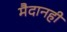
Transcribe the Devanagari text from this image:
मैदानही